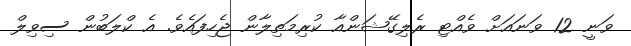
ވަނީ 12 ވަނައަށް ވެއްޓި ރެލިގޭޝަންއާ ކުރިމަތިލާން ޖެހިފައެވެ. އެ ކްލަބުން ސިވިލް